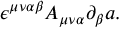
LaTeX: \epsilon ^ { \mu \nu \alpha \beta } A _ { \mu \nu \alpha } \partial _ { \beta } a .